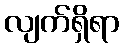
လျက်ရှိရာ